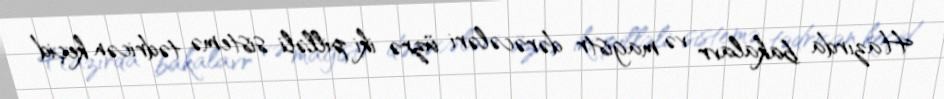
Hazırda bakalavr və magistr dərəcələri üzrə iki pilləli sistemə tədricən keçid